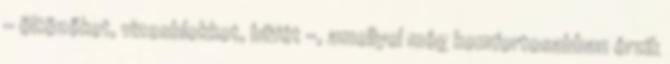
– öltözőket, vizes­blokkot, büfét –, amellyel még komfortosabban érzik